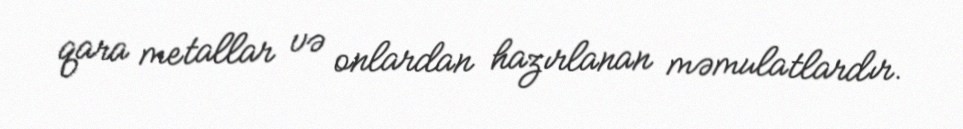
qara metallar və onlardan hazırlanan məmulatlardır.